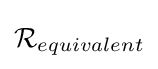
{\mathcal {R}}_{equivalent}